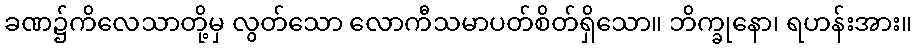
ခဏ၌ကိလေသာတို့မှ လွတ်သော လောကီသမာပတ်စိတ်ရှိသော။ ဘိက္ခုနော၊ ရဟန်းအား။